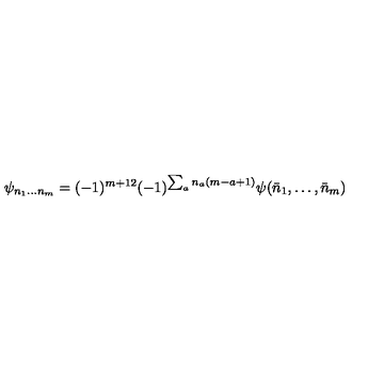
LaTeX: \psi _ { n _ { 1 } \ldots n _ { m } } = ( - 1 ) ^ { { \binom { m + 1 } { 2 } } } ( - 1 ) ^ { \sum _ { a } n _ { a } ( m - a + 1 ) } \psi ( \bar { n } _ { 1 } , \ldots , \bar { n } _ { m } )